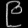
Digit: ၉